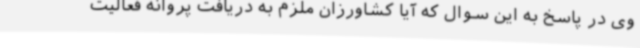
وی در پاسخ به این سوال که آیا کشاورزان ملزم به دریافت پروانه فعالیت